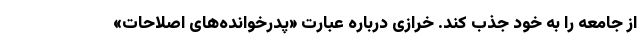
از جامعه را به خود جذب کند. خرازی درباره عبارت «پدرخوانده‌های اصلاحات»